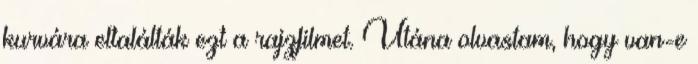
kurvára eltalálták ezt a rajzfilmet. Utána olvastam, hogy van-e